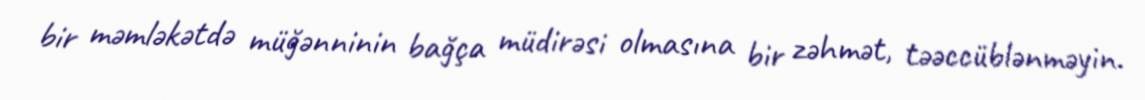
bir məmləkətdə müğənninin bağça müdirəsi olmasına bir zəhmət, təəccüblənməyin.